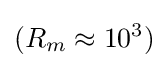
(R_{m}\approx 10^{3})